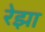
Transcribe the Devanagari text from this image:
रेझा